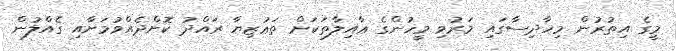
މީގެ އިތުރުން މިހާދިސާގައި މަރުވި މީހުންގެ ޢާއިލާތަކަށް ތަޢުޒިޔާ ރައްދު ކޮށްދެއްވުމަށާއި ގެއްލުން